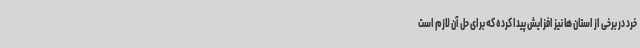
خرد در برخی از استان ها نیز افزایش پیدا کرده که برای حل آن لازم است